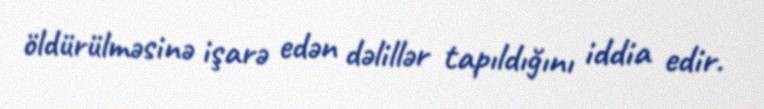
öldürülməsinə işarə edən dəlillər tapıldığını iddia edir.